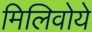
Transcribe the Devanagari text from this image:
मिलिवोये